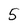
Character: 5